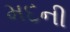
મદની